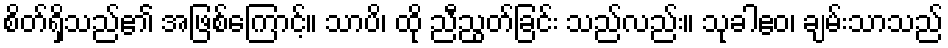
စိတ်ရှိသည်၏ အဖြစ်ကြောင့်။ သာပိ၊ ထို ညီညွတ်ခြင်း သည်လည်း။ သုခါဧဝ၊ ချမ်းသာသည်